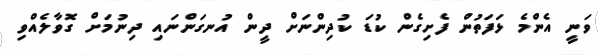
ވަނީ އެންމެ ޅަފަތުން ފެށިގެން ކުޑަ ކުދިންނަށް ދީން އުނގަންނައި ދިނުމަަށް ގޮވާލެއްވި